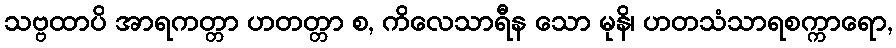
သဗ္ဗထာပိ အာရကတ္တာ ဟတတ္တာ စ, ကိလေသာရီန သော မုနိ၊ ဟတသံသာရစက္ကာရော,